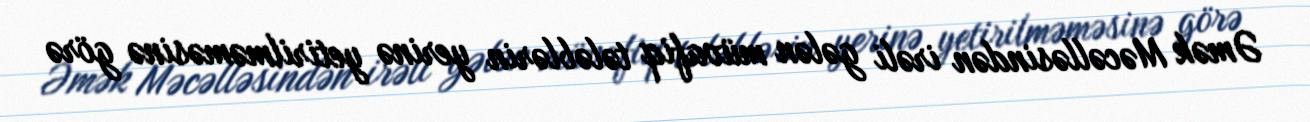
Əmək Məcəlləsindən irəli gələn müvafiq tələblərin yerinə yetirilməməsinə görə